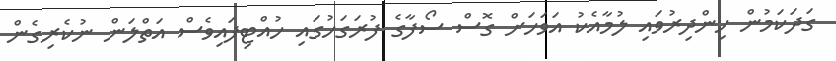
ގަދަކަމުން ހިންދިރުވައި ލުމާއެކު އަވަހަށް ގޮސް ސޯފާގެ ފުރަގަހުގައި ހުއްޓިފައިވެސް އަތްލަން ނުކެރިގެން